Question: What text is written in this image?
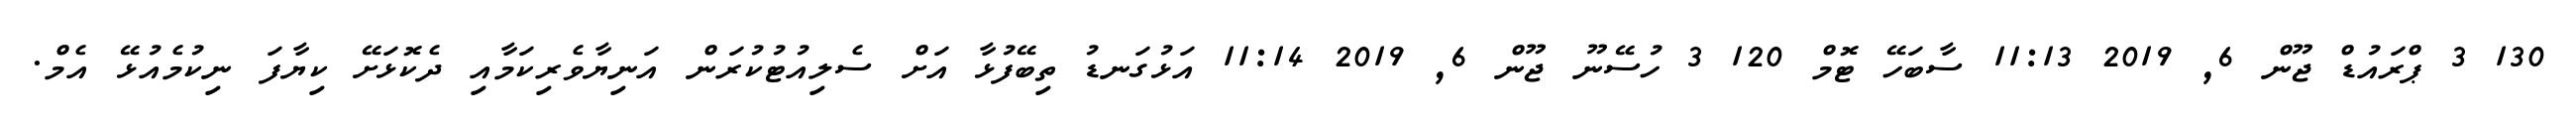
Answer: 130 3 ޕްރައުޑް ޖޫން 6, 2019 11:13 ސާބަހޭ ޓޮމް 120 3 ހުސޭނޫ ޖޫން 6, 2019 11:14 އަޅުގަނޑު ތިބޭފުޅާ އަށް ސެލިއުޓުކުރަން އަނިޔާވެރިކަމާއި ދެކޮޅަށޭ ކިޔާފަ ނިކުމެއުޅޭ އެމް.